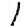
Digit: 1